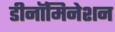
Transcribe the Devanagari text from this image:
डीनॉमिनेशन